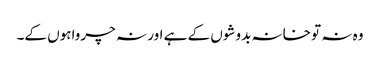
وہ نہ تو خانہ بدوشوں کے ہے اور نہ چرواہوں کے۔